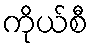
ကိုယ်စီ